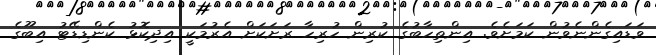
ވަޑައިގެންނެވުން ކަމަށެވެ. އިންތިހާބުގެ ކުރިން ހުރިހާ ރަށަކަށް އެރުމަކީ އިދިކޮޅު ކެންޑިޑޭޓު އިބޫގެ